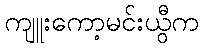
ကျူးကော့မင်းယွီက